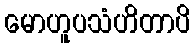
မောဟူပသံဟိတာပိ